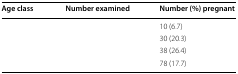
<table><thead><tr><td><b>Age class</b></td><td><b>Number examined</b></td><td><b>Number (%) pregnant</b></td></tr></thead><tbody><tr><td>[EMPTY_CELL]</td><td>[EMPTY_CELL]</td><td>10 (6.7)</td></tr><tr><td>[EMPTY_CELL]</td><td>[EMPTY_CELL]</td><td>30 (20.3)</td></tr><tr><td>[EMPTY_CELL]</td><td>[EMPTY_CELL]</td><td>38 (26.4)</td></tr><tr><td>[EMPTY_CELL]</td><td>[EMPTY_CELL]</td><td>78 (17.7)</td></tr></tbody></table>